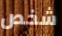
شخص